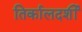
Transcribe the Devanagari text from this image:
तिर्कालदर्शी